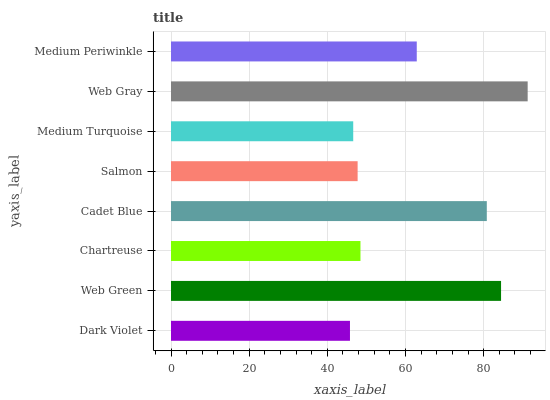
| yaxis_label | bars |
 | --- | --- |
 | Dark Violet | 45.8 |
 | Web Green | 84.4 |
 | Chartreuse | 48.5 |
 | Cadet Blue | 80.8 |
 | Salmon | 47.7 |
 | Medium Turquoise | 46.6 |
 | Web Gray | 91.3 |
 | Medium Periwinkle | 62.9 |